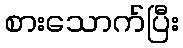
စားသောက်ပြီး